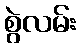
စွဲလမ်း